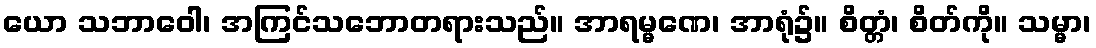
ယော သဘာဝေါ၊ အကြင်သဘောတရားသည်။ အာရမ္မဏေ၊ အာရုံ၌။ စိတ္တံ၊ စိတ်ကို။ သမ္မာ၊